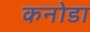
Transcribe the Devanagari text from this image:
कनोडा